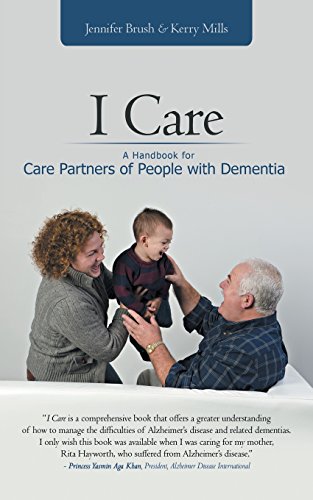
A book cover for I Care: A Handbook for Care Partners of People with Dementia; Jennifer A. Brush Ma  Ccc/slp; Parenting & Relationships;